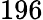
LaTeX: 196